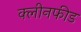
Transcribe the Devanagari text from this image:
क्लीनफीड